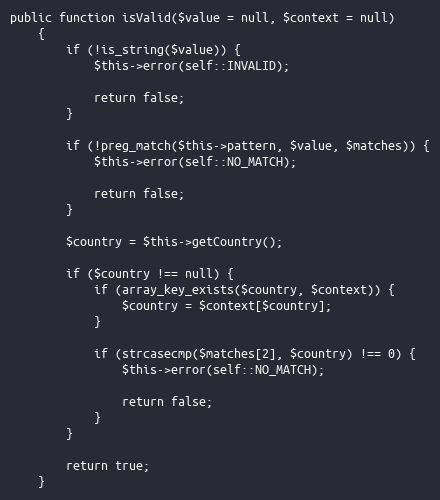
Language: PHP
public function isValid($value = null, $context = null)
    {
        if (!is_string($value)) {
            $this->error(self::INVALID);

            return false;
        }

        if (!preg_match($this->pattern, $value, $matches)) {
            $this->error(self::NO_MATCH);

            return false;
        }

        $country = $this->getCountry();

        if ($country !== null) {
            if (array_key_exists($country, $context)) {
                $country = $context[$country];
            }

            if (strcasecmp($matches[2], $country) !== 0) {
                $this->error(self::NO_MATCH);

                return false;
            }
        }

        return true;
    }